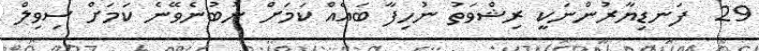
29  ފަނޑިޔާރުންނަކީ ރިޝްވަތު ނުހިފާ ބައެއް ކަމަށް ނުބުނެވޭނެ ކަމަށް ސިވިލް